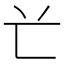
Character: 𠔄